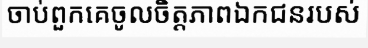
ចាប់ពួកគេចូលចិត្តភាពឯកជនរបស់